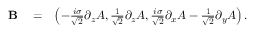
\begin{array} { r l r } { { \bf B } } & { { } = } & { \left( - \frac { i \sigma } { \sqrt { 2 } } \partial _ { z } A , \frac { 1 } { \sqrt { 2 } } \partial _ { z } A , \frac { i \sigma } { \sqrt { 2 } } \partial _ { x } A - \frac { 1 } { \sqrt { 2 } } \partial _ { y } A \right) . } \end{array}